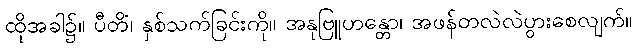
ထိုအခါ၌။ ပီတိံ၊ နှစ်သက်ခြင်းကို။ အနုဗြူဟန္တော၊ အဖန်တလဲလဲပွားစေလျက်။